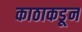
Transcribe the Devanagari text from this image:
काठाकडून